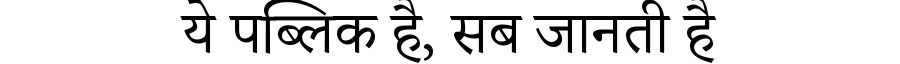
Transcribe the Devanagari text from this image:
ये पब्लिक है, सब जानती है